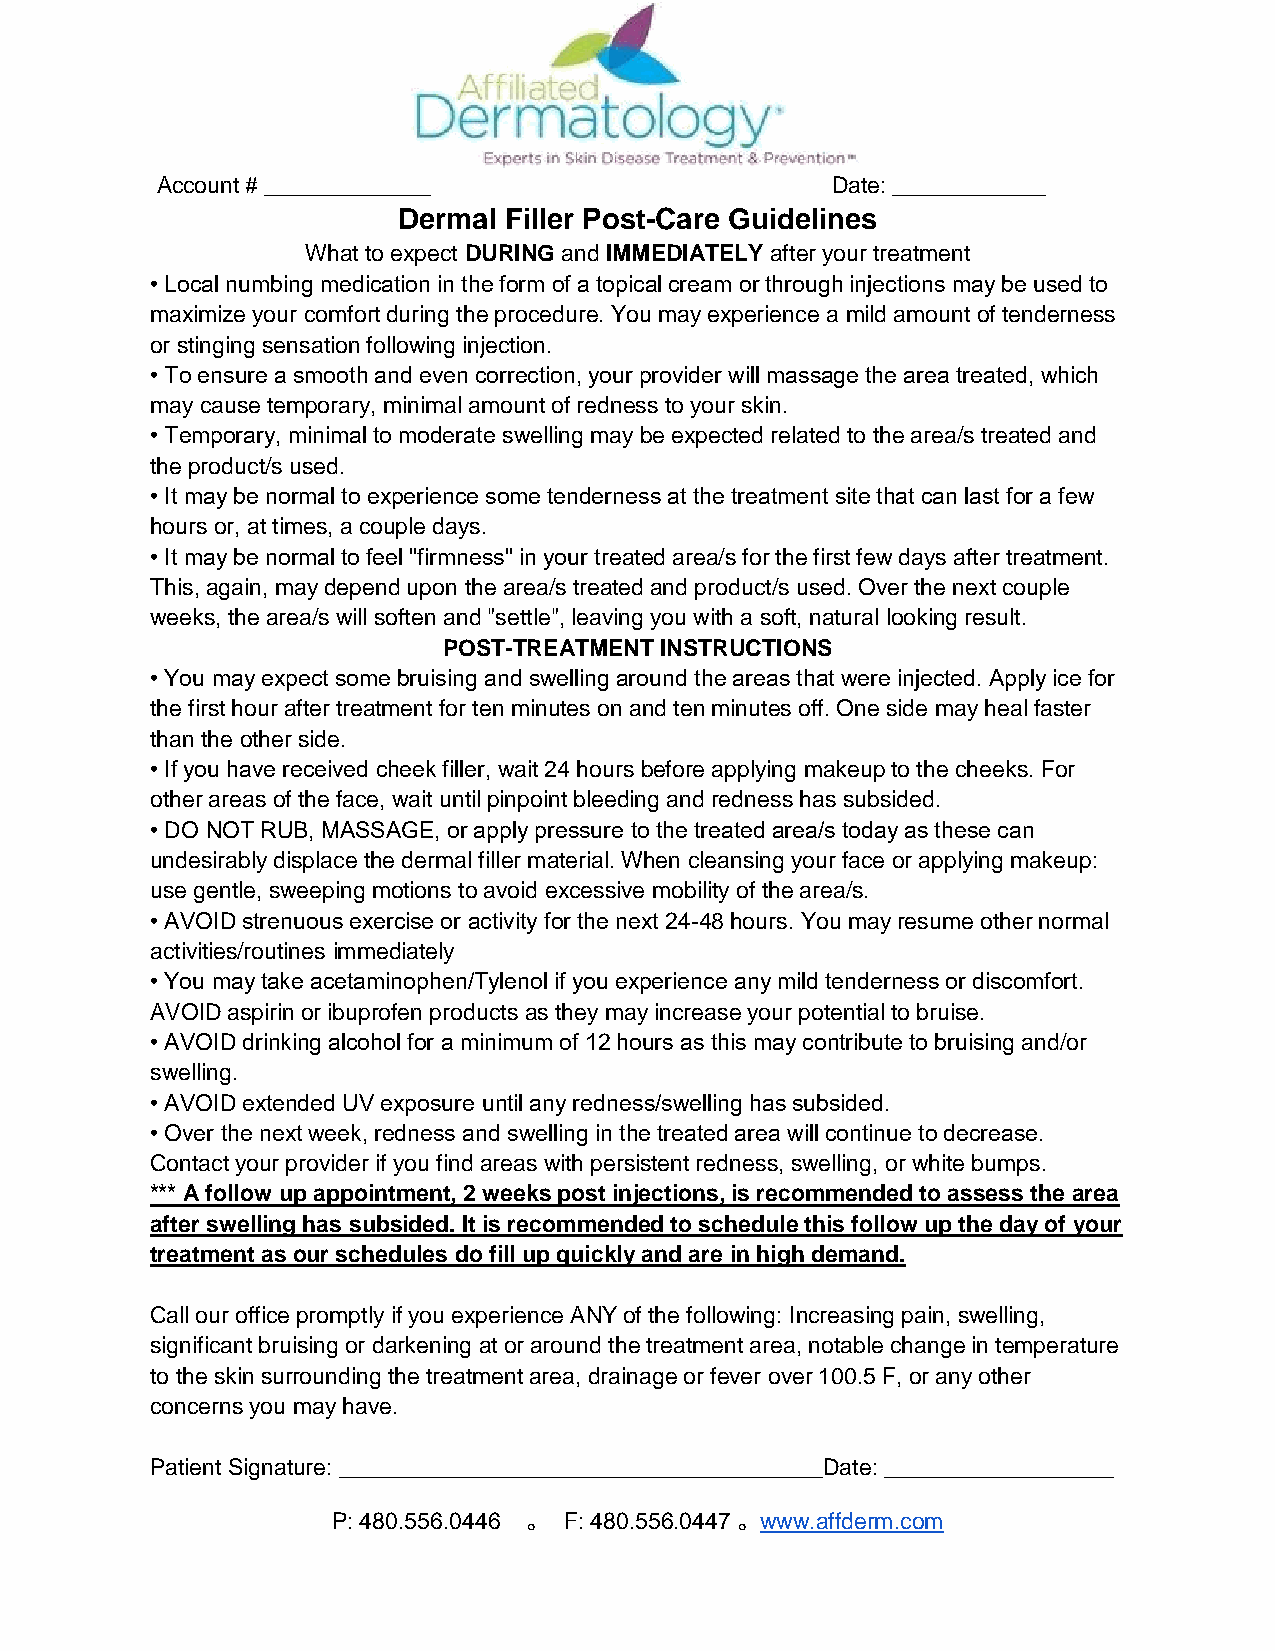
Account # _____________                      Date: ____________
 Dermal Filler Post-Care Guidelines
 What to expect DURING and IMMEDIATELY after your treatment
 • Local numbing medication in the form of a topical cream or through injections may be used to
 maximize your comfort during the procedure. You may experience a mild amount of tenderness
 or stinging sensation following injection.
 • To ensure a smooth and even correction, your provider will massage the area treated, which
 may cause temporary, minimal amount of redness to your skin.
 • Temporary, minimal to moderate swelling may be expected related to the area/s treated and
 the product/s used.
 • It may be normal to experience some tenderness at the treatment site that can last for a few
 hours or, at times, a couple days.
 • It may be normal to feel "firmness" in your treated area/s for the first few days after treatment.
 This, again, may depend upon the area/s treated and product/s used. Over the next couple
 weeks, the area/s will soften and "settle", leaving you with a soft, natural looking result.
 POST-TREATMENT INSTRUCTIONS
 • You may expect some bruising and swelling around the areas that were injected. Apply ice for
 the first hour after treatment for ten minutes on and ten minutes off. One side may heal faster
 than the other side.
 • If you have received cheek filler, wait 24 hours before applying makeup to the cheeks. For
 other areas of the face, wait until pinpoint bleeding and redness has subsided.
 • DO NOT RUB, MASSAGE, or apply pressure to the treated area/s today as these can
 undesirably displace the dermal filler material. When cleansing your face or applying makeup:
 use gentle, sweeping motions to avoid excessive mobility of the area/s.
 • AVOID strenuous exercise or activity for the next 24-48 hours. You may resume other normal
 activities/routines immediately
 • You may take acetaminophen/Tylenol if you experience any mild tenderness or discomfort.
 AVOID aspirin or ibuprofen products as they may increase your potential to bruise.
 • AVOID drinking alcohol for a minimum of 12 hours as this may contribute to bruising and/or
 swelling.
 • AVOID extended UV exposure until any redness/swelling has subsided.
 • Over the next week, redness and swelling in the treated area will continue to decrease.
 Contact your provider if you find areas with persistent redness, swelling, or white bumps.
 *** A follow up appointment, 2 weeks post injections, is recommended to assess the area
 after swelling has subsided. It is recommended to schedule this follow up the day of your
 treatment as our schedules do fill up quickly and are in high demand.
 Call our office promptly if you experience ANY of the following: Increasing pain, swelling,
 significant bruising or darkening at or around the treatment area, notable change in temperature
 to the skin surrounding the treatment area, drainage or fever over 100.5 F, or any other
 concerns you may have.
 Patient Signature: ______________________________________Date: __________________
 P: 480.556.0446 。 F: 480.556.0447 。www.affderm.com